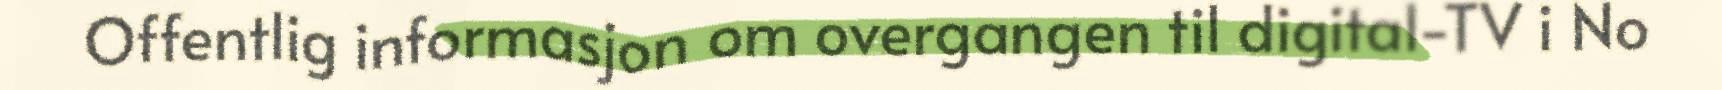
Offentlig informasjon om overgangen til digital-TV i No